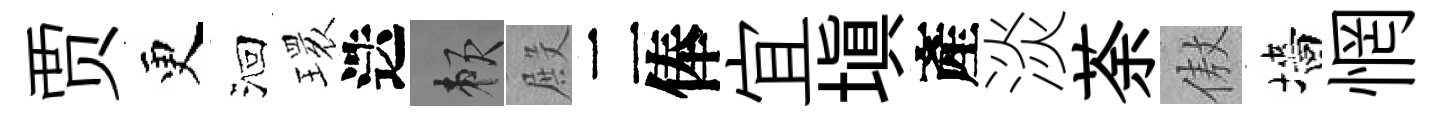
贾更洄𤨔迭賴殿二俸宜塡產淡荼傲墻惘